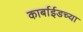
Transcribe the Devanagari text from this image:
कार्बाईडच्या